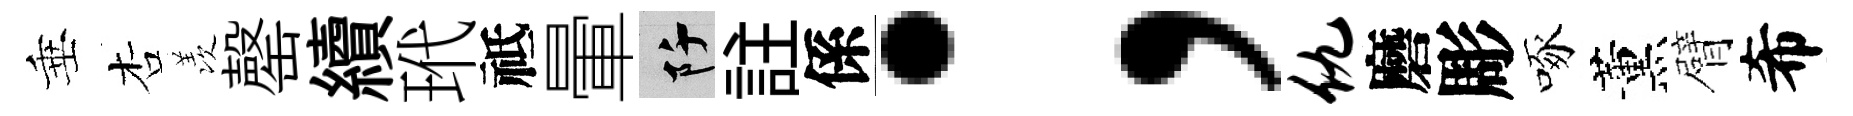
垂杏羡罄續玳祗暈阡註係；仇磨彫啄薰臂希